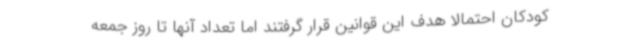
کودکان احتمالا هدف این قوانین قرار گرفتند اما تعداد آنها تا روز جمعه